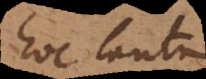
hoc tantum